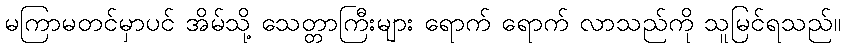
မကြာမတင်မှာပင် အိမ်သို့ သေတ္တာကြီးများ ရောက် ရောက် လာသည်ကို သူမြင်ရသည်။